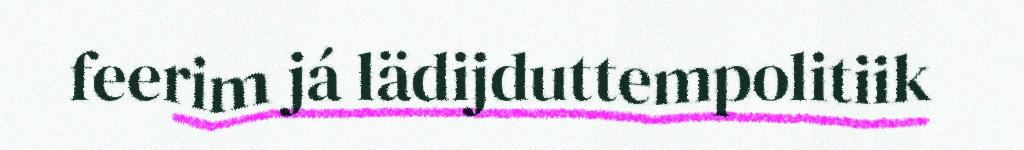
feerim já lädijduttempolitiik